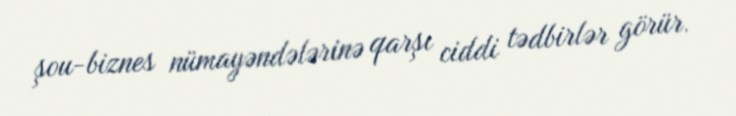
şou-biznes nümayəndələrinə qarşı ciddi tədbirlər görür.